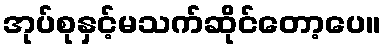
အုပ်စုနှင့်မသက်ဆိုင်တော့ပေ။